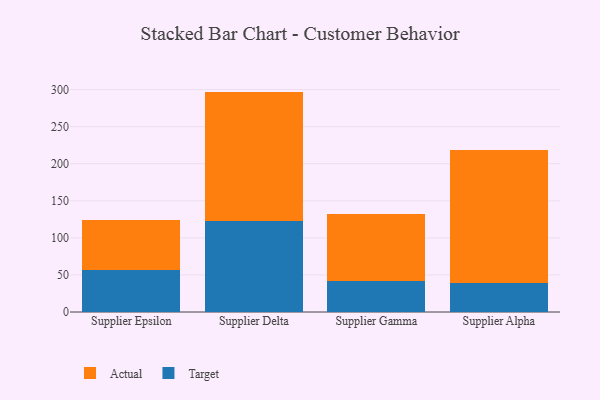
{"axis": {"x": "Supplier", "y": "Production Output"}, "legend": ["Actual", "Target"], "data": [{"x": "Supplier Epsilon", "y": 56.4, "type": "Target"}, {"x": "Supplier Epsilon", "y": 68.3, "type": "Actual"}, {"x": "Supplier Delta", "y": 123.2, "type": "Target"}, {"x": "Supplier Delta", "y": 174.1, "type": "Actual"}, {"x": "Supplier Gamma", "y": 42.4, "type": "Target"}, {"x": "Supplier Gamma", "y": 90.4, "type": "Actual"}, {"x": "Supplier Alpha", "y": 38.5, "type": "Target"}, {"x": "Supplier Alpha", "y": 179.4, "type": "Actual"}]}